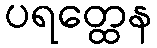
ပရတ္ထေန